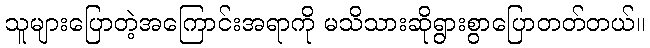
သူများပြောတဲ့အကြောင်းအရာကို မသိသားဆိုရွားစွာပြောတတ်တယ်။